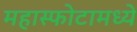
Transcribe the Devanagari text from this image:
महास्फोटामध्ये